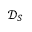
\mathcal { D } _ { S }